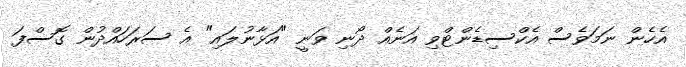
އެހެން ނަމަވެސް އެކްސިޑެންޓްވި އަނެއް ދޯނި ވަނީ "އަޅާނުލައި" އެ ސަރަހައްދުން ގޮސްފަ